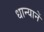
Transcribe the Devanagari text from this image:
धान्यानें